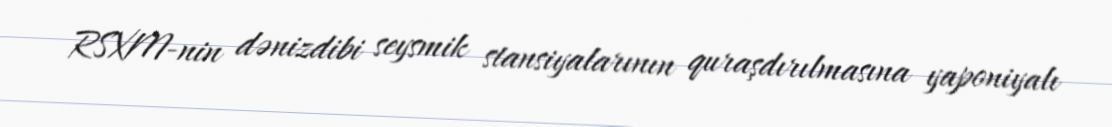
RSXM-nin dənizdibi seysmik stansiyalarının quraşdırılmasına yaponiyalı